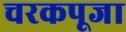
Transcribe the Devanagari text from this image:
चरकपूजा